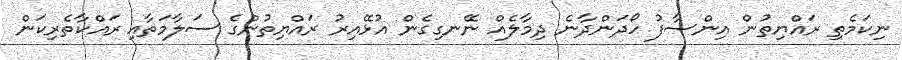
ނިކަމެތި ރައްޔިތުން އިންސާފު ހޯދަންދާނެ ދިމާލެއް ނޭނގިގެން އުޅޭއިރު ރައްޔިތުންގެ ސަލާމަތާއި ރައްކާތެރިކަން